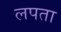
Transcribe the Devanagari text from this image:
लपता